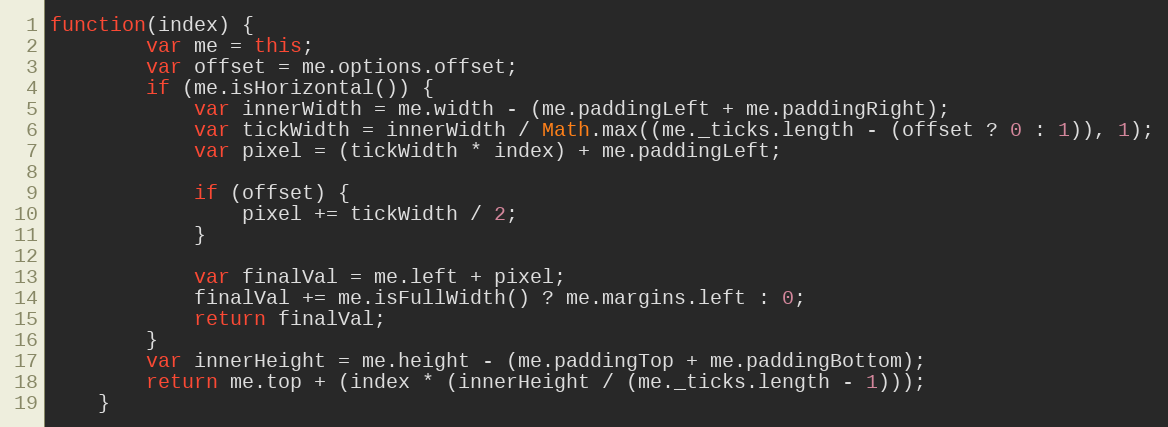
Language: JavaScript
function(index) {
		var me = this;
		var offset = me.options.offset;
		if (me.isHorizontal()) {
			var innerWidth = me.width - (me.paddingLeft + me.paddingRight);
			var tickWidth = innerWidth / Math.max((me._ticks.length - (offset ? 0 : 1)), 1);
			var pixel = (tickWidth * index) + me.paddingLeft;

			if (offset) {
				pixel += tickWidth / 2;
			}

			var finalVal = me.left + pixel;
			finalVal += me.isFullWidth() ? me.margins.left : 0;
			return finalVal;
		}
		var innerHeight = me.height - (me.paddingTop + me.paddingBottom);
		return me.top + (index * (innerHeight / (me._ticks.length - 1)));
	}